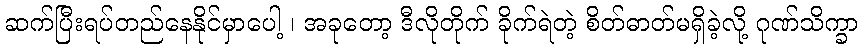
ဆက်ပြီးရပ်တည်နေနိုင်မှာပေါ့ ၊ အခုတော့ ဒီလိုတိုက် ခိုက်ရဲတဲ့ စိတ်ဓာတ်မရှိခဲ့လို့ ဂုဏ်သိက္ခာ